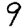
Digit: 9